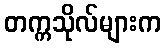
တက္ကသိုလ်များက